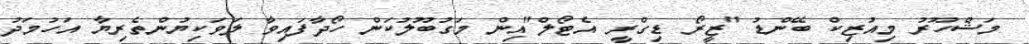
މަޝްހޫރު މިއުޒިކް ބޭންޑު "ޒީރޯ ޑިގްރީ އެޓޯލް"އިން މަގުބޫލުކަން ހޯދާފައިވާ ލަވަކިޔުންތެރިޔާ އަހުމަދު